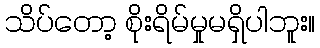
သိပ်တော့ စိုးရိမ်မှုမရှိပါဘူး။